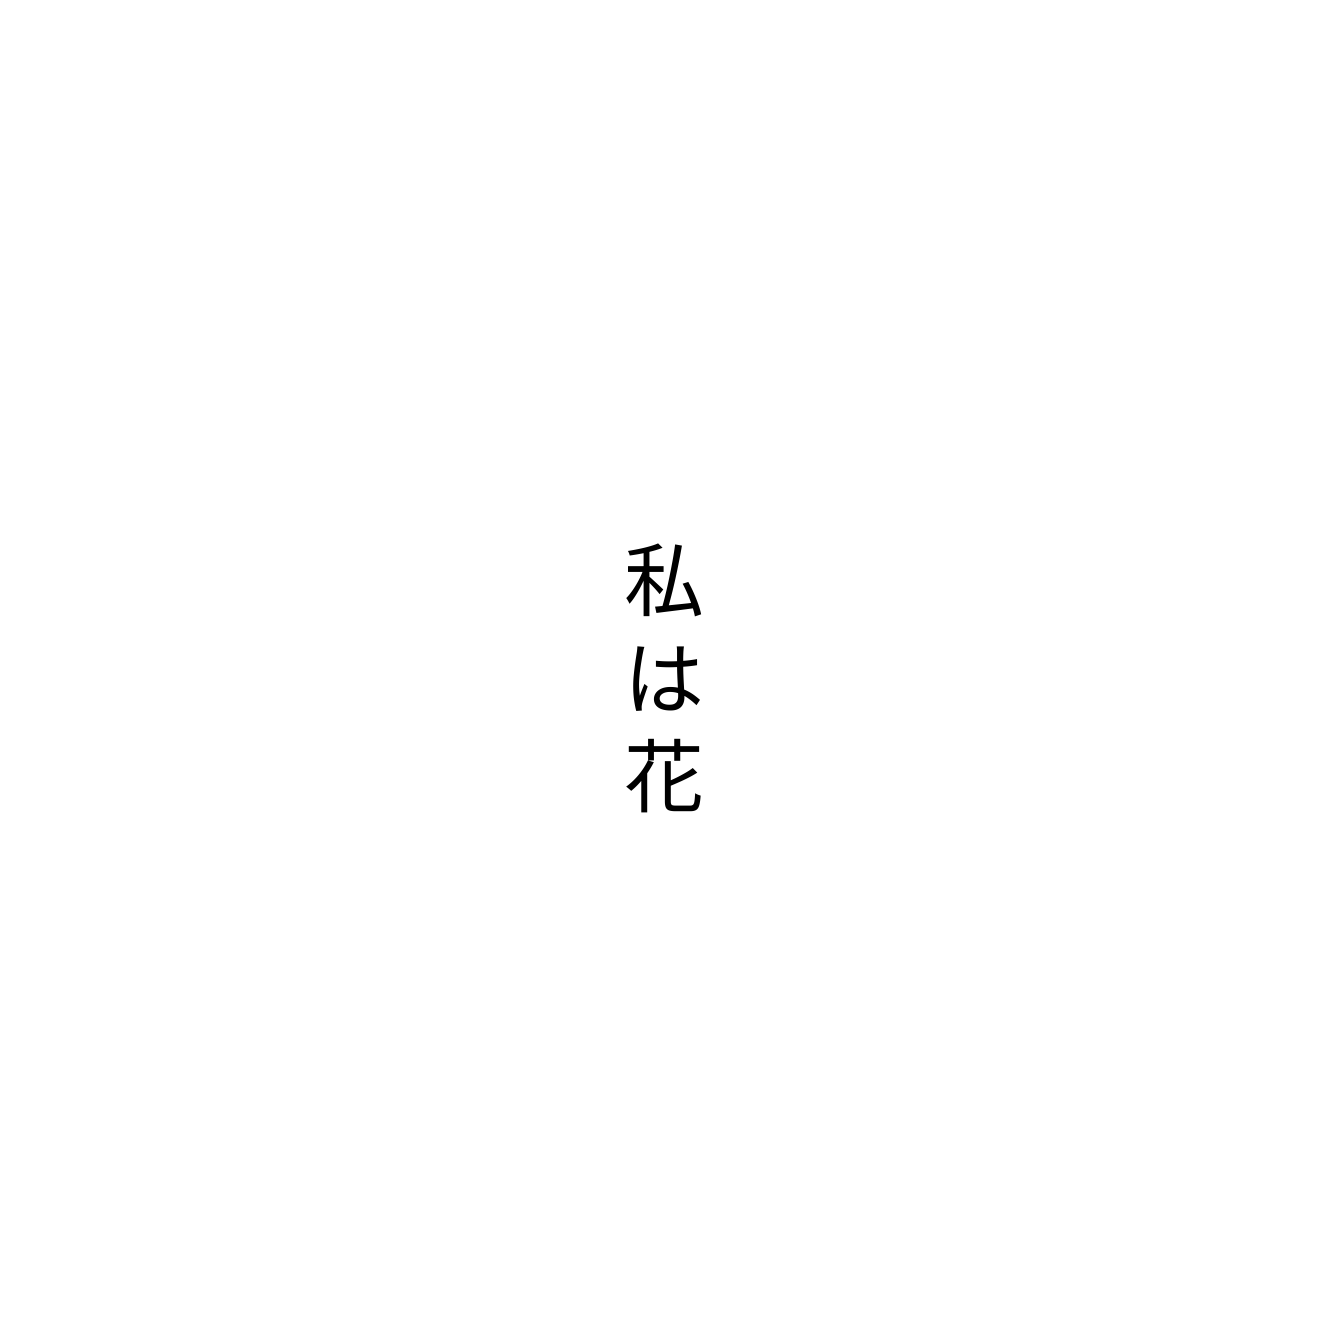
私は花